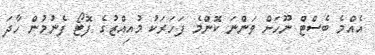
އެއްމެ ބެސްޓް ނޫހަށް ވަންނަ ކޮންމެ ފަހަރަކު މުއިއްޒުގެ ފޮޓޯ ފެނުމުން ހާދަ